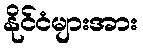
နိုင်ငံများအား